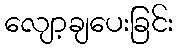
လျော့ချပေးခြင်း